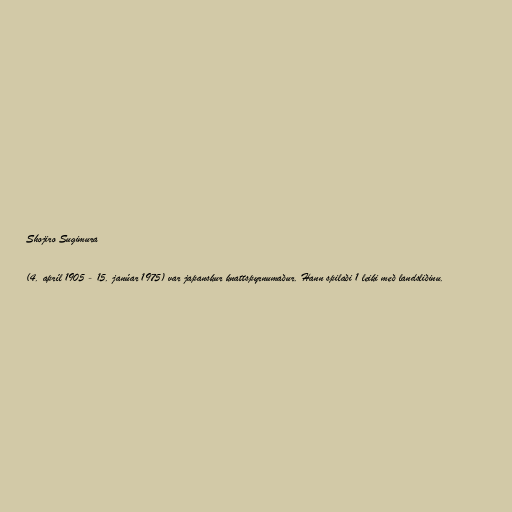
Shojiro Sugimura

(4. apríl 1905 - 15. janúar 1975) var japanskur knattspyrnumaður. Hann spilaði 1 leiki með landsliðinu.